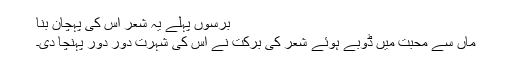
برسوں پہلے یہ شعر اس کی پہچان بنا
ماں سے محبت میں ڈوبے ہوئے شعر کی برکت نے اس کی شہرت دور دور پہنچا دی۔